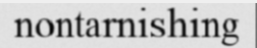
nontarnishing